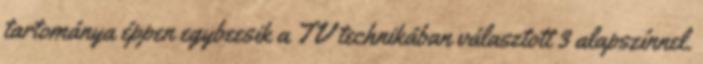
tartománya éppen egybeesik a TV technikában választott 3 alapszínnel.